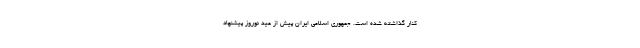
کنار گذاشته شده است. جمهوری اسلامی ایران پیش از عید نوروز پیشنهاد